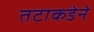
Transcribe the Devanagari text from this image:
तटाकडेने